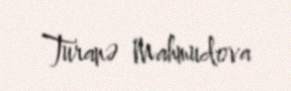
Turanə Mahmudova